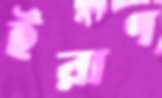
ইরাণ